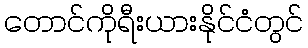
တောင်ကိုရီးယားနိုင်ငံတွင်